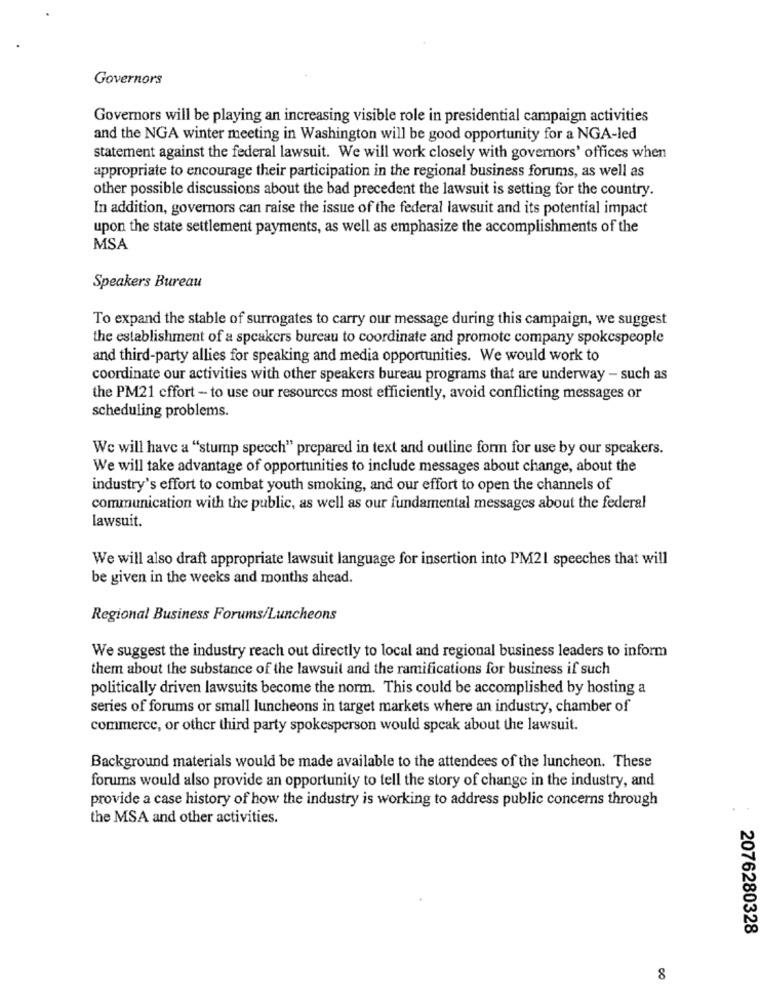
Governors
Governors will be playing an increasing visible role in presidential campaign activities
and the NGA winter meeting in Washington will be good opportunity for a NGA-led
statement against the federal lawsuit. We will work closely with governors' offices when
appropriate to encourage their participation in the regional business forums, as well as
other possible discussions about the bad precedent the lawsuit is setting for the country.
In addition, governors can raise the issue of the federal lawsuit and its potential impact
upon the state settlement payments, as well as emphasize the accomplishments of the
MSA
Speakers Bureau
To expand the stable of surrogates to carry our message during this campaign, we suggest
the establishment of a speakers bureau to coordinate and promote company spokespeople
and third-party allies for speaking and media opportunities. We would work to
coordinate our activities with other speakers bureau programs that are underway - such as
the PM21 cffort - to use our resources most efficiently, avoid conflicting messages or
scheduling problems.
We will have a "stump speech" prepared in text and outline form for use by our speakers.
We will take advantage of opportunities to include messages about change, about the
industry's effort to combat youth smoking, and our effort to open the channels of
communication with the public, as well as our fundamental messages about the federal
lawsuit.
We will also draft appropriate lawsuit language for insertion into PM21 speeches that will
be given in the weeks and months ahead.
Regional Business Forums/Luncheons
We suggest the industry reach out directly to local and regional business leaders to inform
them about the substance of the lawsuit and the ramifications for business if such
politically driven lawsuits become the norm. This could be accomplished by hosting a
series of forums or small luncheons in target markets where an industry, chamber of
commerce, or other third party spokesperson would speak about the lawsuit.
Background materials would be made available to the attendees of the luncheon. These
forums would also provide an opportunity to tell the story of change in the industry, and
provide a case history of how the industry is working to address public concerns through
the MSA and other activities.
2076280328
8